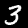
Label: 3